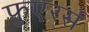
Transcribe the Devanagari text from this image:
फुएरर्स